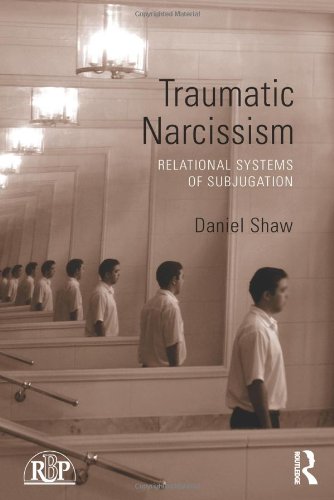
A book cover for Traumatic Narcissism: Relational Systems of Subjugation (Relational Perspectives Book Series); Daniel Shaw; Medical Books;